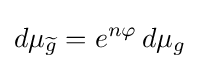
d\mu _{\widetilde {g}}=e^{n\varphi }\,d\mu _{g}